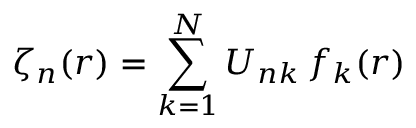
\zeta _ { n } ( r ) = \sum _ { k = 1 } ^ { N } U _ { n k } \, f _ { k } ( r )